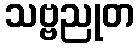
သဗ္ဗညုတ